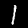
Digit: 1